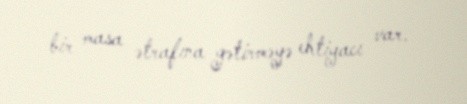
bir masa ətrafına gətirməyə ehtiyacı var.